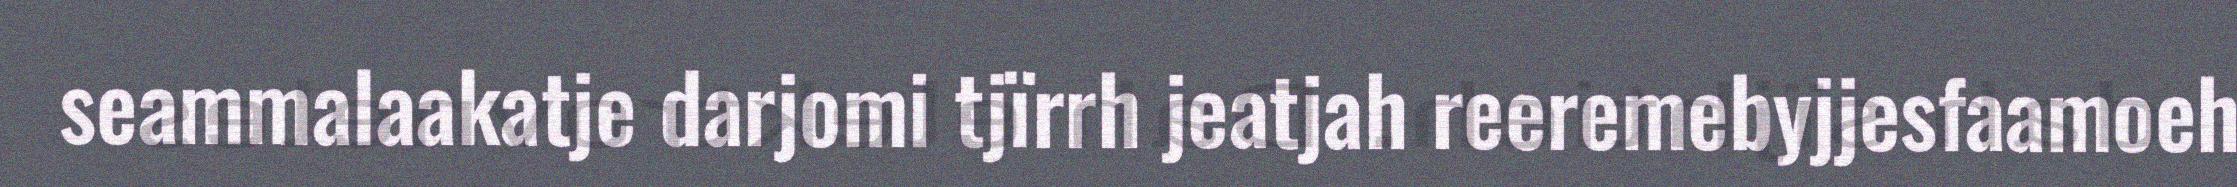
seammalaakatje darjomi tjïrrh jeatjah reeremebyjjesfaamoeh